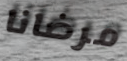
مرضانا